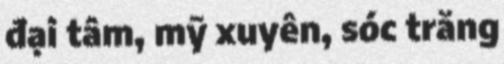
đại tâm, mỹ xuyên, sóc trăng